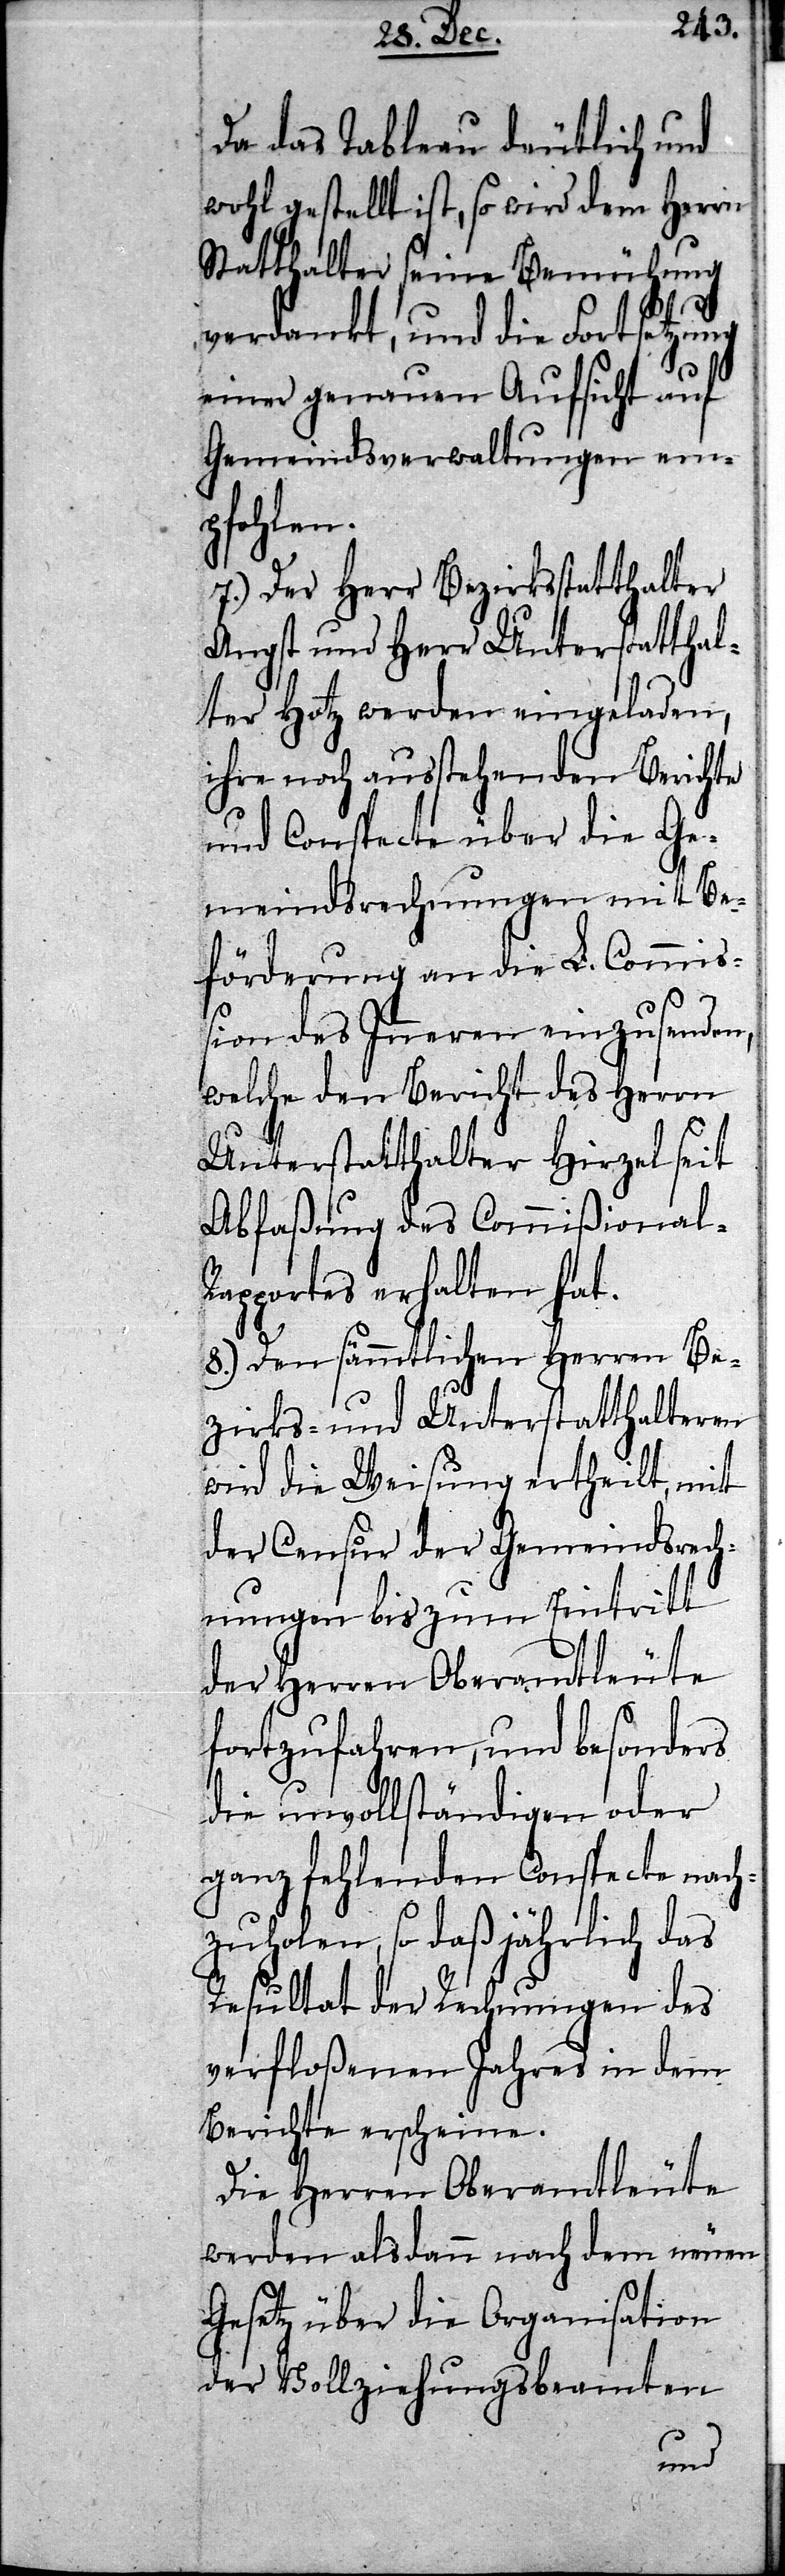
Da das Tableau deutlich und
wohl gestellt ist, so wird dem Herrn
Statthalter seine Bemühung
verdankt, und die Fortsetzung
einer genauen Aufsicht auf
Gemeindsverwaltungen em¬
zuholen,
7.) Der Herr Bezirksstatthalter
Angst und Herr Unterstatthal¬
ter Hotz werden eingeladen,
ihre noch ausstehenden Berichte
und Conspecte über die Ge¬
meindsrechnungen mit Be¬
förderung an die L. Commi¬
ßion des Inneren einzusenden,
welche den Bericht des Herrn
Unterstatthalter Hirzel seit
Abfaßung des Commißional-R¬
apportes erhalten hat.
8.) Den sämmtlichen Herren Be¬
zirks- und Unterstatthalteren
wird die Weisung ertheilt, mit
der Censur der Gemeindsrech¬
nungen bis zum Eintritt
der Herren Oberamtleute
fortzufahren, und besonders
die unvollständigen oder
ganz fehlenden Conspecte nach¬
so daß jährlich das
Resultat der Rechnungen des
verfloßenen Jahres in dem
Bericht erscheine.
Die Herren Oberamtleute
werden alsdann nach dem neuen
Gesetz über die Organisation
der Vollziehungsbeamten